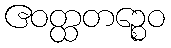
ဧဝတ္ထတဉ္စေဝ